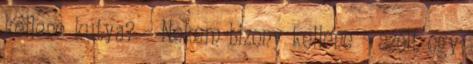
kellene kutya? - Nekem bizony kellene - szólt egy